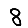
Digit: 8